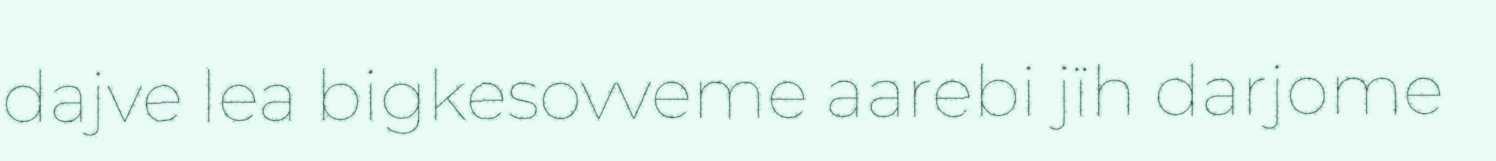
dajve lea bigkesovveme aarebi jïh darjome